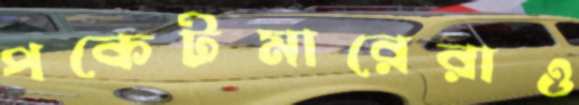
পকেটমারেরাও